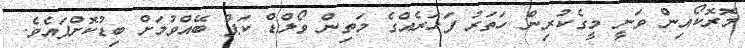
މޮރޮކޯއިން ވަނީ މީގެކުރިން ހަތަރު ފަހަރެއްގެ މަތިން ވޯލްޑް ކަޕް ބޭއްވުމަށް ބިޑުކޮށްފައެވެ.